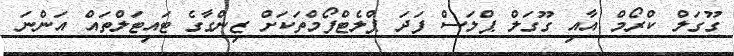
ގޫގަލް ކްރޯމް އާއި ގޫގަލް ޕްލަސް ފަދަ ޕްލެޓްފޯމްތަކަށް ޒިންގާގެ ޓައިޓަލްތައް އަންނަ